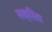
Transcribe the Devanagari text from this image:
सक्रिता